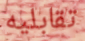
تقابليه